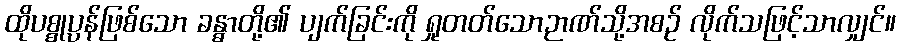
ထိုပစ္စုပ္ပန်ဖြစ်သော ခန္ဓာတို့၏ ပျက်ခြင်းကို ရှုတတ်သောဉာဏ်သို့အစဉ် လိုက်သဖြင့်သာလျှင်။